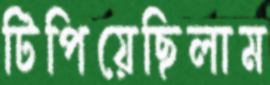
টিপিয়েছিলাম